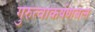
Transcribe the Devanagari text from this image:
गुरुत्वाकर्षणबल